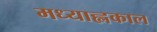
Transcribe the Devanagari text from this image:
मध्याह्लकाल